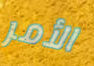
الأمر